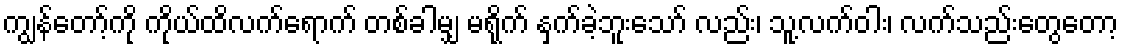
ကျွန်တော့်ကို ကိုယ်ထိလက်ရောက် တစ်ခါမျှ မရိုက် နှက်ခဲ့ဘူးသော် လည်း၊ သူ့လက်ဝါး၊ လက်သည်းတွေတော့